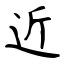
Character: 近